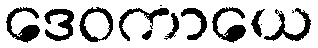
ဒေဝကာယေ